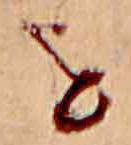
を